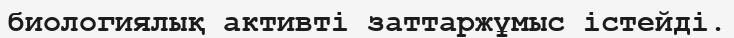
биологиялық активті заттаржұмыс істейді.